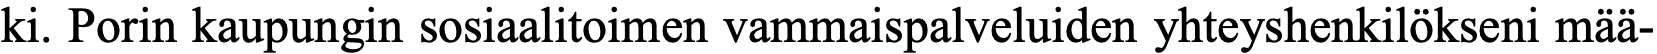
ki. Porin kaupungin sosiaalitoimen vammaispalveluiden yhteyshenkilökseni mää-